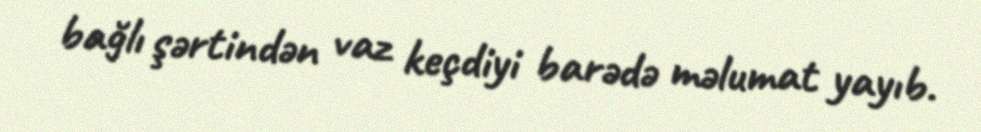
bağlı şərtindən vaz keçdiyi barədə məlumat yayıb.